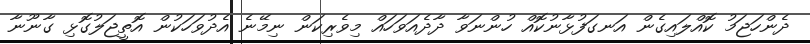
ދެންހަޖަމު ކޮއްލައިގެން އަނގަފުޅާނުކޮއް ހުންނަވާ ދާދެއަވަހައް މިވެރިކަން ނިމޭނެ އެދުވަހަކުން އޮތީޖަލުގޮޅި ގާނޫނާ